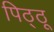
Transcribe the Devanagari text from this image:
पिठ्ठू